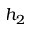
h _ { 2 }